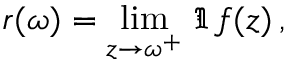
r ( \omega ) = \operatorname * { l i m } _ { z \rightarrow \omega ^ { + } } \, \Im \, f ( z ) \, ,